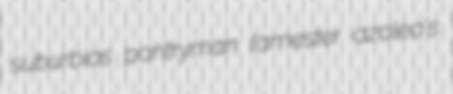
suburbias pantryman lamester azalea's